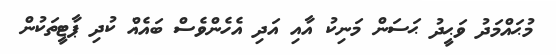
މުޙައްމަދު ވަޙީދު ޙަސަން މަނިކު އާއި އަދި އެހެންވެސް ބައެއް ކުދި ޕާޓީތަކުން